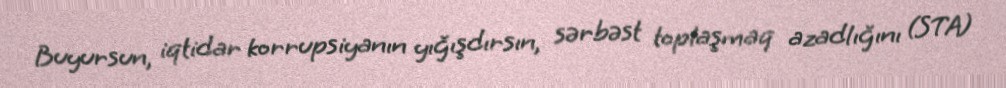
Buyursun, iqtidar korrupsiyanın yığışdırsın, sərbəst toplaşmaq azadlığını (STA)